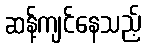
ဆန့်ကျင်နေသည့်